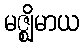
မဇ္ဈိမာယ